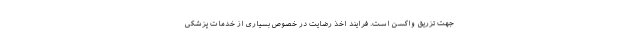
جهت تزریق واکسن است. فرایند اخذ رضایت در خصوص بسیاری از خدمات پزشکی